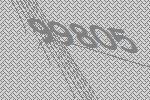
99805